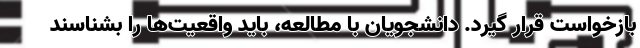
بازخواست قرار گیرد. دانشجویان با مطالعه، باید واقعیت‌ها را بشناسند